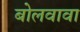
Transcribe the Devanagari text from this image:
बोलवावा